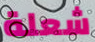
شعلة